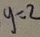
y = 2